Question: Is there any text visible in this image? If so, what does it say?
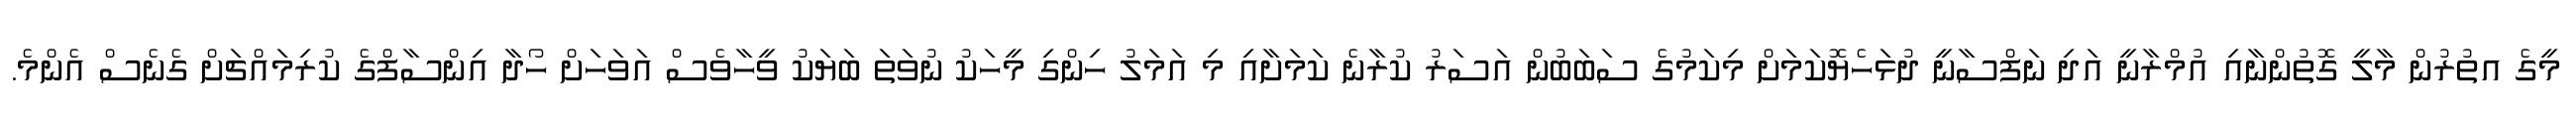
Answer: މީގެ އތުރުން މާލީ ގޮތުންނާއި އުމްރާނީ އަދި ނަފްސާނީ ދުޅަހެޔޮކަމަށް މިކަމުގެ ސަބަބުން އަސަރު ކުރާނެ ކަމަށާއި މި އަމަލު ހިންގި މީހަކު ނުވަތަ ބަޔަކު ވީހާވެސް އަވަހަށް ހޯދާ އިންސާފްގެ ކުރިމައްޗަށް ގެނެސް އެންމެ.